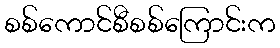
စစ်ကောင်စီစစ်ကြောင်းက